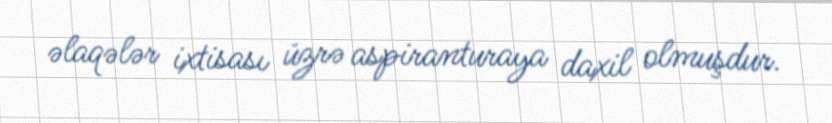
əlaqələr ixtisası üzrə aspiranturaya daxil olmuşdur.